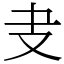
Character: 叏